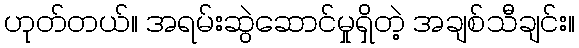
ဟုတ်တယ်။ အရမ်းဆွဲဆောင်မှုရှိတဲ့ အချစ်သီချင်း။